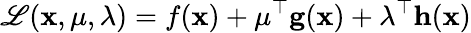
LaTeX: \mathscr{L}(\mathbf{{x}},\mathbf{{\mu}},\mathbf{{\lambda}})=f(\mathbf{{x}})+\mathbf{{\mu}}^{\top}\mathbf{{g}}(\mathbf{{x}})+\mathbf{{\lambda}}^{\top}\mathbf{{h}}(\mathbf{{x}})